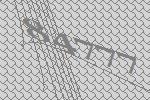
84777